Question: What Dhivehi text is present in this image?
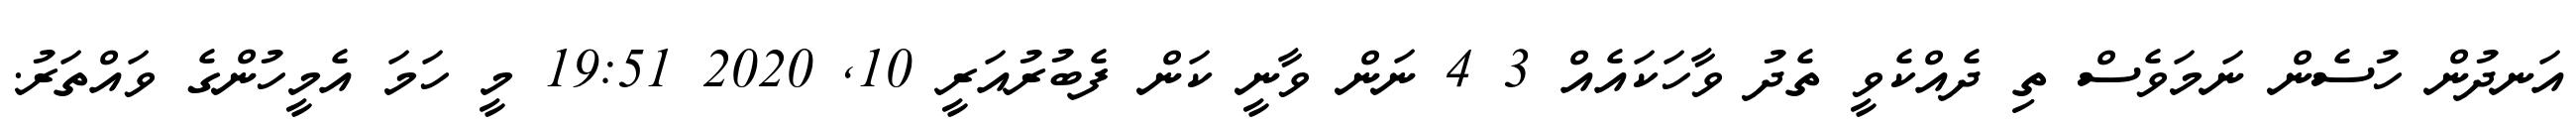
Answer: އަނދުން ހުސެން ނަމަވެސް ތި ދެއްކެވީ ތެދު ވާހަކައެއް 3 4 ނަން ވާނީ ކަން ފެބުރުއަރީ 10, 2020 19:51 މީ ހަމަ އެމީހުންގެ ވައްތަރު.